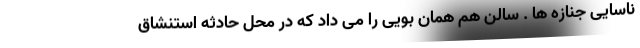
ناسایی جنازه ها . سالن هم همان بویی را می داد که در محل حادثه استنشاق